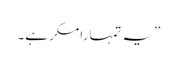
”یہ تمہارا مکر ہے۔